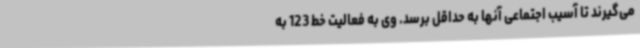
می‌گیرند تا آسیب اجتماعی آنها به حداقل برسد. وی به فعالیت خط 123 به